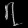
Digit: ၇